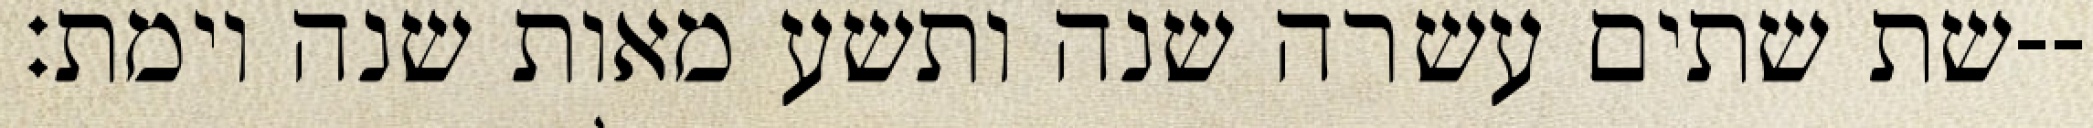
שת שתים עשרה שנה ותשע מאות שנה וימת׃--